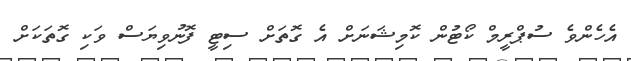
އެހެންވެ ސުޕްރީމް ކޯޓުން ކޮމިޝަނަށް އެ ގޮތަށް ސިޓީ ފޮނުވިޔަސް ވަކި ގޮތަކަށް